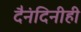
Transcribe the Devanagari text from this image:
दैनंदिनीही